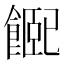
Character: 𩝮